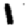
Digit: 1